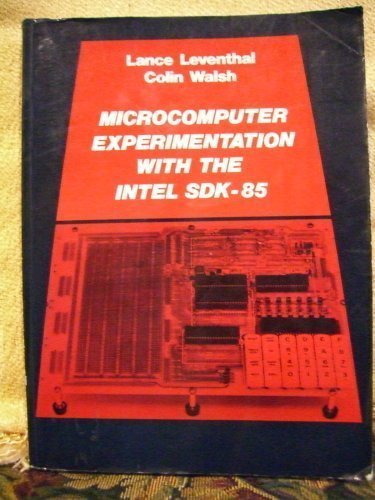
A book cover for Microcomputer Experimentation With the Intel Sdk-85; Lance A. Leventhal; Computers & Technology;